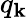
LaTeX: q_{\mathbf{k}}